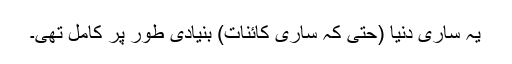
یہ ساری دُنیا (حتیٰ کہ ساری کائنات) بنیادی طور پر کامل تھی۔